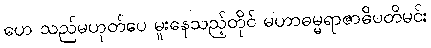
ဟေ သည်မဟုတ်ပေ မူးနေသည့်တိုင် မဟာဓမ္မရာဇာဓိပတိမင်း